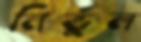
নির্ভুল